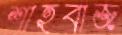
শাহবাজ